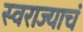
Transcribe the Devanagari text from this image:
स्वराज्याचं